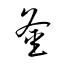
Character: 釜